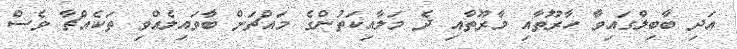
އަދި ބާބިލްގައިވާ ހާރޫތާއި މާރޫތާއި ދެ މަލާއިކަތުންގެ މައްޗަށް ބާވައިލެއްވި ތަކެއްޗާ ވެސް